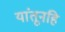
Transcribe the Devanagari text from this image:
यांतूनहि